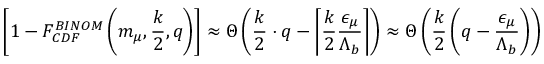
\left[ 1 - F _ { C D F } ^ { B I N O M } \left( m _ { \mu } , \frac { k } { 2 } , q \right) \right] \approx \Theta \left( \frac { k } { 2 } \cdot q - \left\lceil \frac { k } { 2 } \frac { { \epsilon } _ { \mu } } { { \Lambda } _ { b } } \right\rceil \right) \approx \Theta \left( \frac { k } { 2 } \left( q - \frac { { \epsilon } _ { \mu } } { { \Lambda } _ { b } } \right) \right)